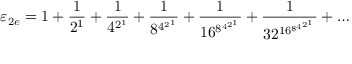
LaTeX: \varepsilon _ { 2 e } = 1 + { \frac { 1 } { 2 ^ { 1 } } } + { \frac { 1 } { 4 ^ { 2 ^ { 1 } } } } + { \frac { 1 } { 8 ^ { 4 ^ { 2 ^ { 1 } } } } } + { \frac { 1 } { 1 6 ^ { 8 ^ { 4 ^ { 2 ^ { 1 } } } } } } + { \frac { 1 } { 3 2 ^ { 1 6 ^ { 8 ^ { 4 ^ { 2 ^ { 1 } } } } } } } + \ldots